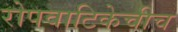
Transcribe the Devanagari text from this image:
रोपवाटिकेचीच